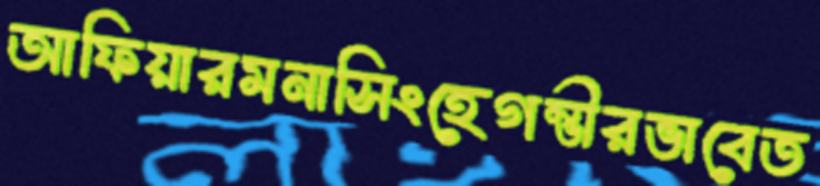
আফিয়ারমনাসিংহেগম্ভীরভাবেত